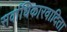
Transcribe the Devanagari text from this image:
सर्वाधिकारवादिता